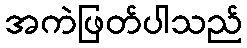
အကဲဖြတ်ပါသည်